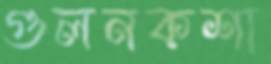
গুলনকশা